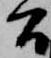
間